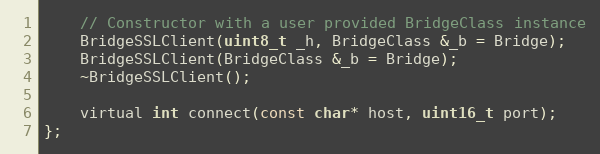
Language: C
    // Constructor with a user provided BridgeClass instance
    BridgeSSLClient(uint8_t _h, BridgeClass &_b = Bridge);
    BridgeSSLClient(BridgeClass &_b = Bridge);
    ~BridgeSSLClient();

    virtual int connect(const char* host, uint16_t port);
};